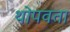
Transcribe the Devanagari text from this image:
थोपवता